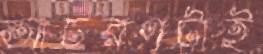
আচরণটাই